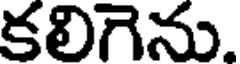
కలిగెను.